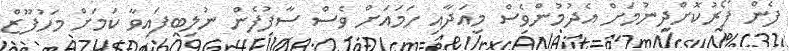
ފެން ފޯރުކޮށްދިނުމަށް އެދުމުންވެސް މިއަދާއި ހަމައަށް ވެސް ސާފުފެން ނުލިބިފައިވާ ކަމަށް މަހުފޫޒް